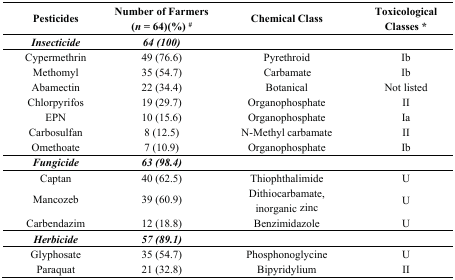
<table><thead><tr><td><b>Pesticides</b></td><td><b>Number of Farmers (<i>n</i> = 64)(%) <sup>#</sup></b></td><td><b>Chemical Class</b></td><td><b>Toxicological Classes *</b></td></tr></thead><tbody><tr><td><b><i>Insecticide</i></b></td><td><b><i>64 (100)</i></b></td><td></td><td></td></tr><tr><td>Cypermethrin</td><td>49 (76.6)</td><td>Pyrethroid</td><td>Ib </td></tr><tr><td>Methomyl</td><td>35 (54.7)</td><td> Carbamate</td><td>Ib </td></tr><tr><td>Abamectin</td><td>22 (34.4)</td><td>Botanical</td><td>Not listed </td></tr><tr><td>Chlorpyrifos</td><td>19 (29.7)</td><td>Organophosphate</td><td>II</td></tr><tr><td>EPN</td><td>10 (15.6)</td><td>Organophosphate</td><td>Ia </td></tr><tr><td>Carbosulfan</td><td>8 (12.5)</td><td>N-Methyl carbamate</td><td>II </td></tr><tr><td>Omethoate</td><td>7 (10.9)</td><td>Organophosphate</td><td>Ib</td></tr><tr><td><b><i>Fungicide</i></b></td><td><b><i>63 (98.4)</i></b></td><td></td><td></td></tr><tr><td>Captan</td><td>40 (62.5)</td><td>Thiophthalimide</td><td>U </td></tr><tr><td>Mancozeb</td><td>39 (60.9)</td><td>Dithiocarbamate, inorganic zinc</td><td>U</td></tr><tr><td>Carbendazim</td><td>12 (18.8)</td><td>Benzimidazole</td><td>U</td></tr><tr><td><b><i>Herbicide</i></b></td><td><b><i>57 (89.1)</i></b></td><td></td><td></td></tr><tr><td>Glyphosate</td><td>35 (54.7)</td><td>Phosphonoglycine</td><td>U </td></tr><tr><td>Paraquat</td><td>21 (32.8)</td><td>Bipyridylium</td><td>II</td></tr></tbody></table>